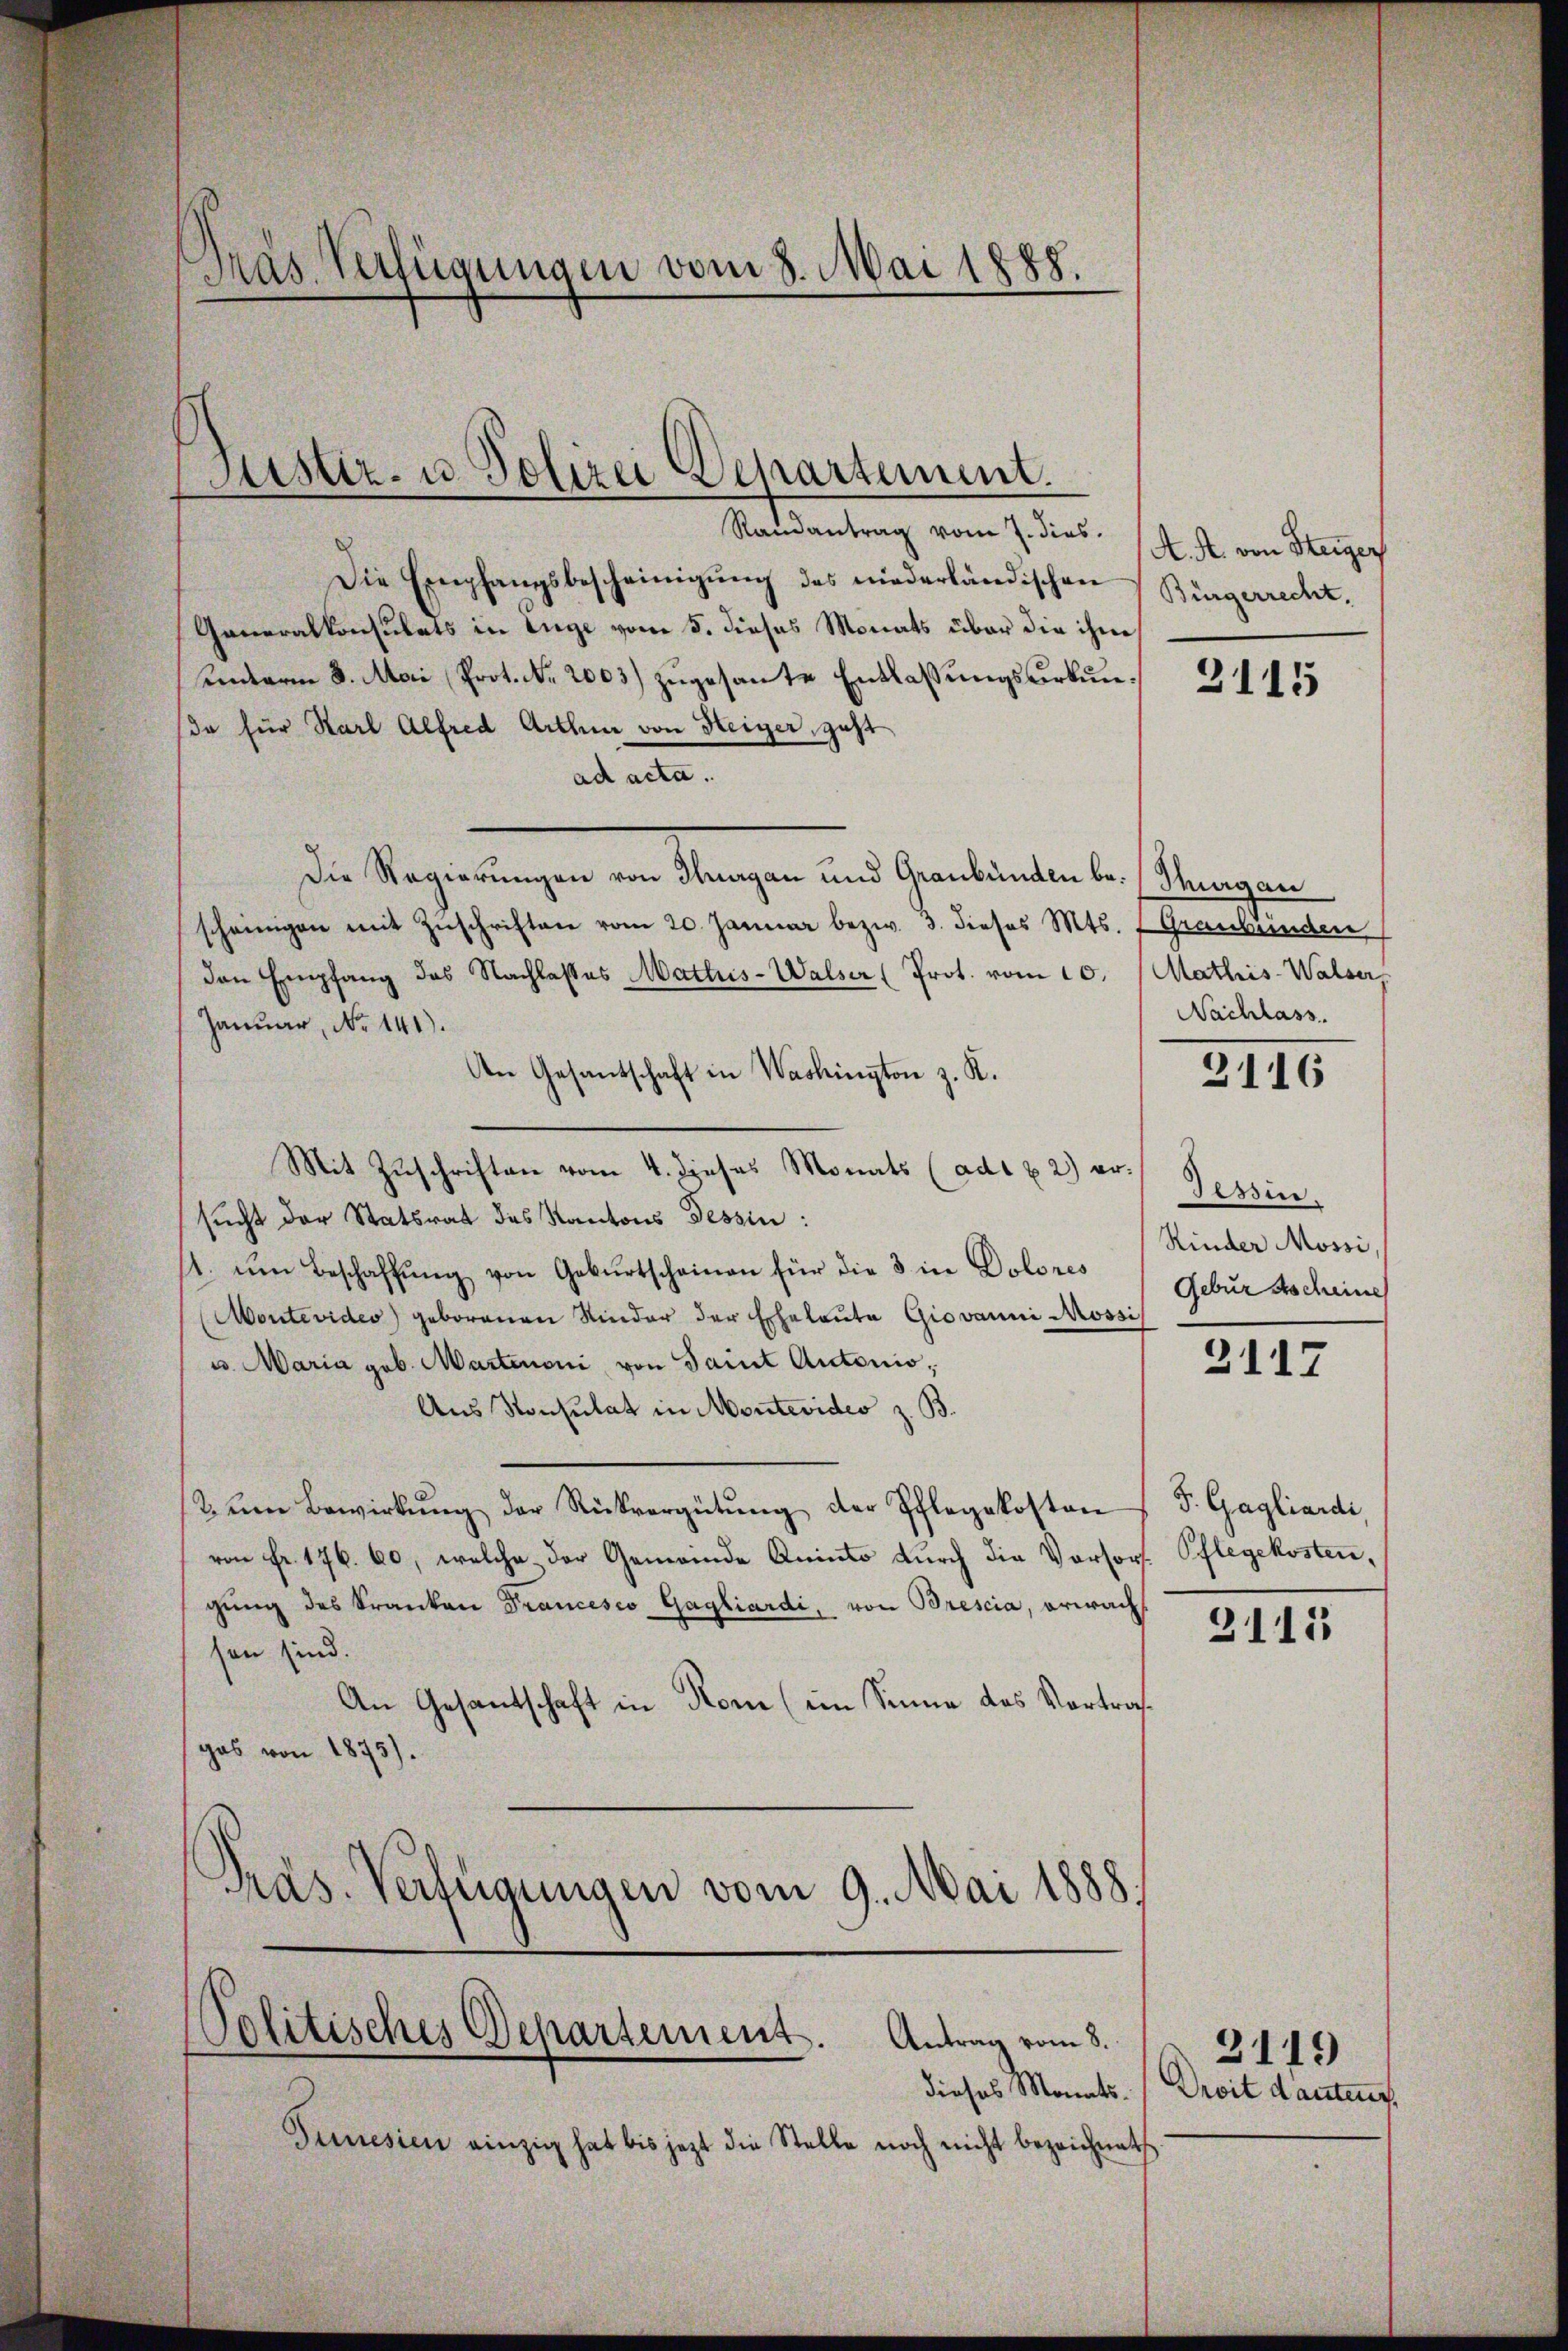
Präs. Verfügungen vom 8. Mai 1888.

Justiz- u. Polizei Departement.

Randantrag vom 7. dies
Die Empfangsbescheinigŭng des niederländischen Bürgerrecht,
Generalkonsulats in Auge vom 5. dieses Monats über die ihm
unterm 8. Mai Prot. N. 2003) zugesante Entlassungsurkunße für Karl Alfred Arthur von Heiger, geht
ad acta.
Die Regierungen von Stangen und Graubünden bei Margau
scheinigen mit Zŭschriften vom 20. Januar bezw. 3. dieses Mts. 1 Graubünden
den Empfang des Nachlasses Mattus-Walser (Prot. vom 10.
Januar, No 141).
An Gesantschaft in Washington z. K.
Mit Zuschriften vom 4. dieses Monats (ad1 x 2) ersucht der Statsrat des Kantons Tessin:
1. ŭm Beschaffŭng von Gebŭrtscheinau für die 3 in Dolores
Aontevides) geborenen Nieder der Eheleuta Giovanni Mossi
u. Maria geb. Martemoni, von Saint Autonio,
Aus Konsulat in Montevideo z. B.
tenen Bewirkŭng der Rückvergütŭng der Pflegekosten
von Fr. 176. 60, welche der Gemeinde Aninto durch die Vorsorf Pflegekosten,
gung des Franken Francesco Gagliardi, von Brescia, erwacht
sen sind.
An Gesandschaft in Rone (im Sinne das Vortrafgas von 1873).
Pras. Verfügungen vom 9. Mai 1888.

Politisches Departement. Antrag vom 8.

Tunesien einzig hat bis jezt die Stelle noch nicht bezeichnet

A. A. von Steiger

2115

Mathis-Walser,
Nachlass

3116

Tessin
Rinder Mossi,
Gebur Ascheine

2117

F. Gagliardi,

3111

2119
dieses Monats- / Droit dantent